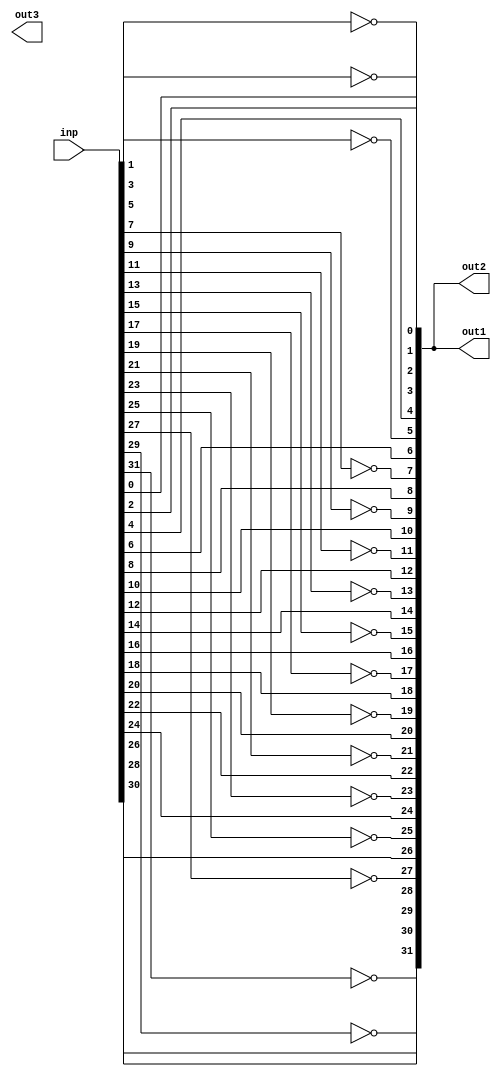
`default_nettype none

module func_block_top(inp, out1, out2, out3);
	input wire [31:0] inp;

	function automatic [31:0] func1;
		input [31:0] inp;
		reg [31:0] idx;
		for (idx = 0; idx < 32; idx = idx + 1) begin : blk
			func1[idx] = (idx & 1'b1) ^ inp[idx];
		end
	endfunction

	function automatic [31:0] func2;
		input [31:0] inp;
		reg [31:0] idx;
		for (idx = 0; idx < 32; idx = idx + 1) begin : blk
			func2[idx] = (idx & 1'b1) ^ inp[idx];
		end
	endfunction

	function automatic [31:0] func3;
		localparam A = 32 - 1;
		parameter B = 1 - 0;
		input [31:0] inp;
		func3[A:B] = inp[A:B];
	endfunction

	output wire [31:0] out1, out2, out3;
	assign out1 = func1(inp);
	assign out2 = func2(inp);
	assign out3 = func3(inp);
endmodule